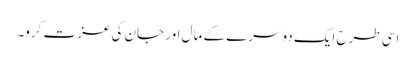
اسی طرح ایک دوسرے کے مال اور جان کی عزت کرو۔